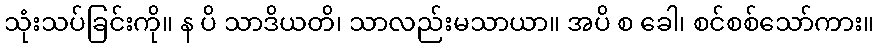
သုံးသပ်ခြင်းကို။ န ပိ သာဒိယတိ၊ သာလည်းမသာယာ။ အပိ စ ခေါ၊ စင်စစ်သော်ကား။